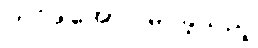
တင်ဒါအောင်မြင်ခဲ့သည့်